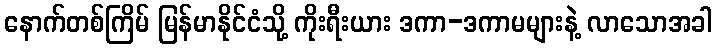
နောက်တစ်ကြိမ် မြန်မာနိုင်ငံသို့ ကိုးရီးယား ဒကာ-ဒကာမများနဲ့ လာသောအခါ